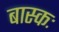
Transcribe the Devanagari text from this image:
बास्कः